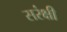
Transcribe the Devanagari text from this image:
सरंक्षी